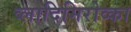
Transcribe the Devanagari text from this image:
व्लादिमिरोव्का